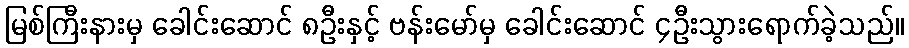
မြစ်ကြီးနားမှ ခေါင်းဆောင် ၈ဦးနှင့် ဗန်းမော်မှ ခေါင်းဆောင် ၄ဦးသွားရောက်ခဲ့သည်။